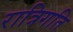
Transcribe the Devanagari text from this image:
रात्रिगति